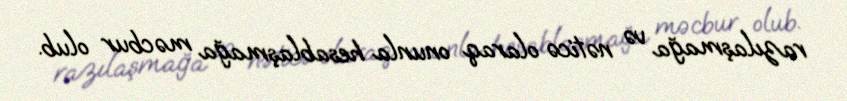
razılaşmağa və nəticə olaraq onunla hesablaşmağa məcbur olub.